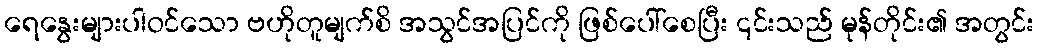
ရေနွေးများပါဝင်သော ဗဟိုတူမျက်စိ အသွင်အပြင်ကို ဖြစ်ပေါ်စေပြီး ၎င်းသည် မုန်တိုင်း၏ အတွင်း